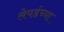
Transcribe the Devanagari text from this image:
लेपर्डच्या